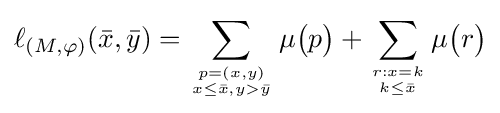
\ell _{({M},\varphi )}({\bar {x}},{\bar {y}})=\sum _{p=(x,y) \atop x\leq {\bar {x}},y>{\bar {y}}}\mu {\big (}p{\big )}+\sum _{r:x=k \atop k\leq {\bar {x}}}\mu {\big (}r{\big )}